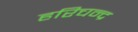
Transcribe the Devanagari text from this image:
हरिचन्द्र